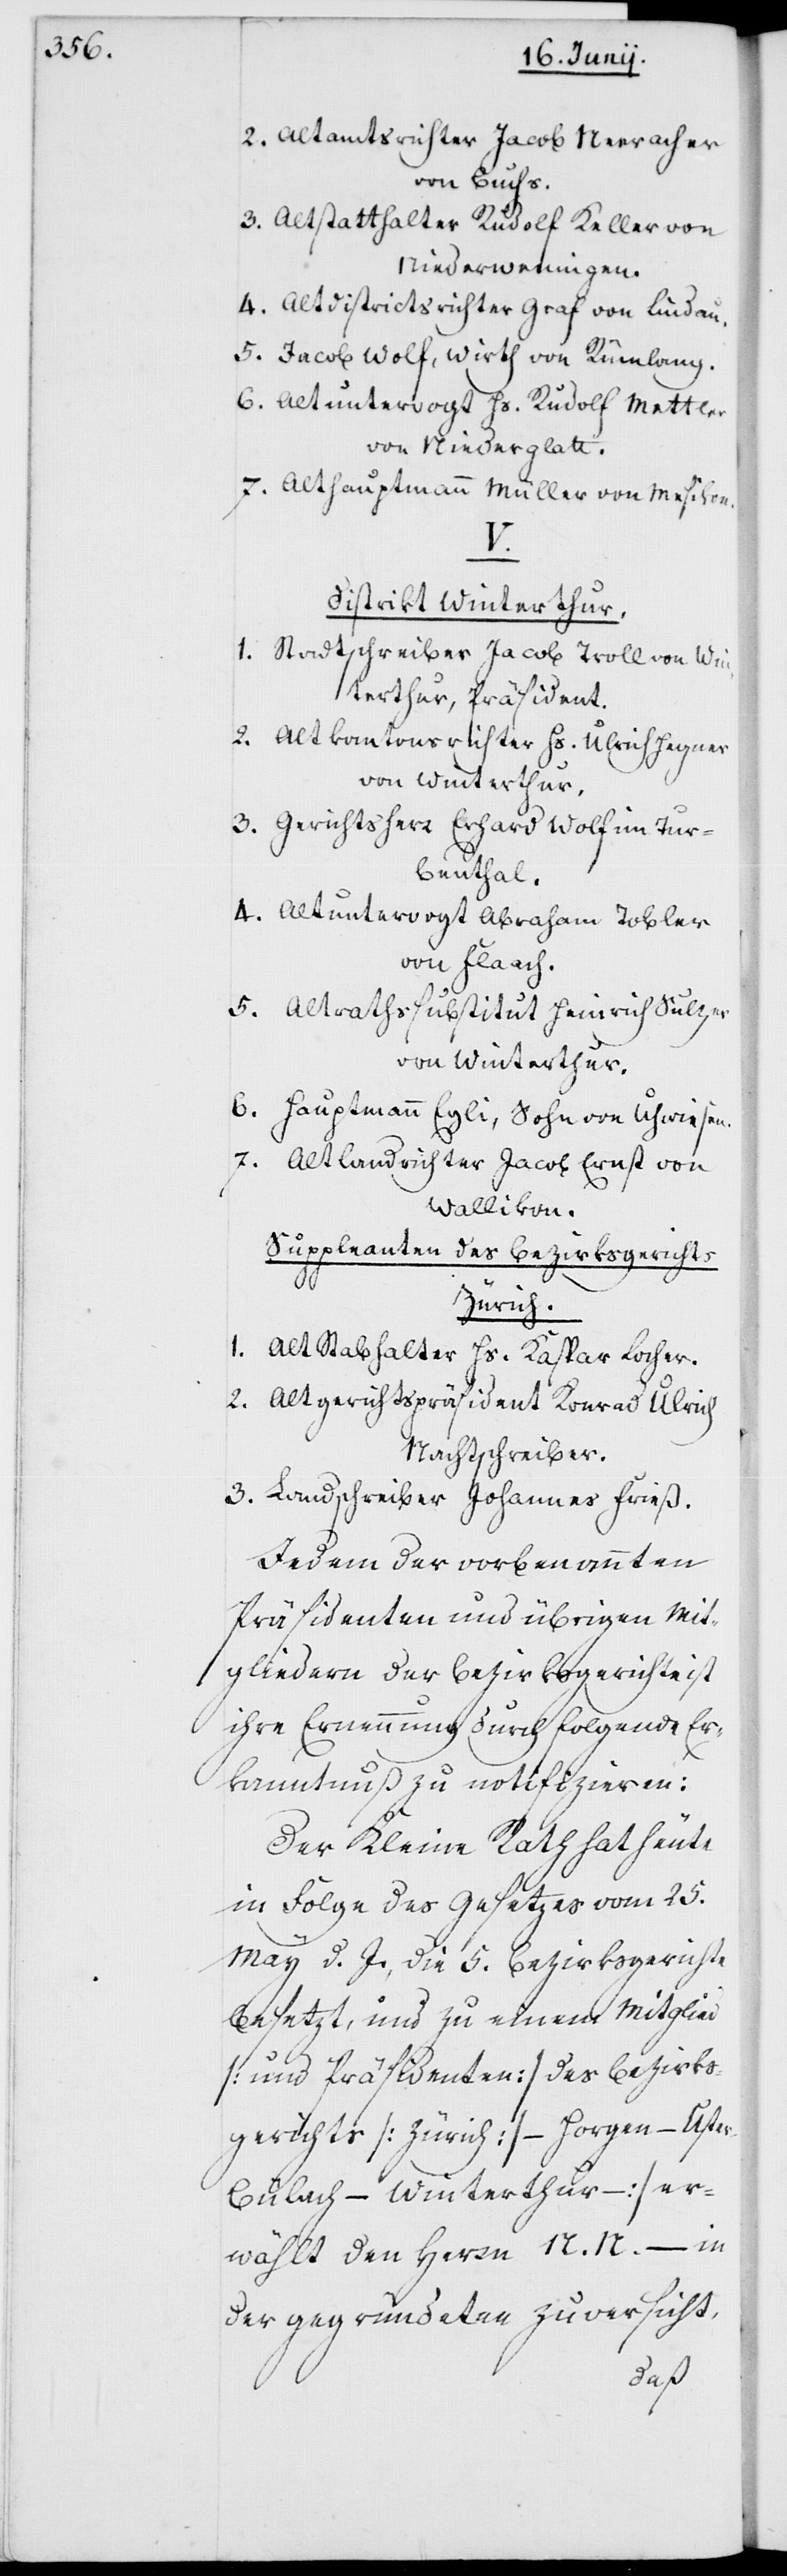
2. Altamtsrichter Jacob Neeracher
von Buchs.
3. Altstatthalter Rudolf Keller von
Niederweningen.
4. Altdistrictsrichter Graf von Lindau.
5. Jacob Wolf, Wirth von Rümlang.
6. Altuntervogt Hs. Rudolf Mettler
von Niederglatt.
7. Althauptmann Müller von Mesikon.
V.
District Winterthur.
1. Stadtschreiber Jacob Troll von Win¬
terthur, Präsident.
2. Altkantonsrichter Hs. Ulrich Hegner
von Winterthur.
3. Gerichtsherr Erhard Wolf im Tur¬
benthal.
4. Altuntervogt Abraham Tobler
von Flaach.
5. Altrathssubstitut Heinrich Sulzer
von Winterthur.
6. Hauptmann Egli, Sohn von Uhwiesen.
7. Altlandrichter Jacob Ernst von
Wallikon.
Suppleanten des Bezirksgerichts
Zürich.
1. Alt Stabhalter Hs. Kaspar Locher.
2. Altgerichtspräsident Konrad Ulrich,
Nachtschreiber.
3. Landschreiber Johannes Frieß.
Jedem der vorbenannten
Präsidenten und übrigen Mit¬
gliedern der Bezirksgerichte ist
ihre Ernennung durch folgende Er¬
kanntnuß zu notifizieren:
Der Kleine Rath hat heute
in Folge des Gesetzes vom 25.
May d. J., die 5. Bezirksgerichte
besetzt, und zu einem Mitglied
(und Präsidenten) des Bezirks¬
gerichts (Zürich – Horgen – Uster
Bülach – Winterthur) er¬
wählt den Herrn N. N. – in
der gegründeten Zuversicht,